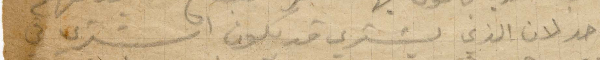
احد لان الذي يشتري قد يكون اشترى في